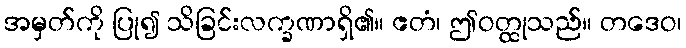
အမှတ်ကို ပြု၍ သိခြင်းလက္ခဏာရှိ၏။ ဧတံ၊ ဤဝတ္ထုသည်။ တဒေဝ၊